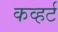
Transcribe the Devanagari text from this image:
कव्हर्ट